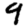
Digit: 9